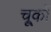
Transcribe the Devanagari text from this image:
चू्कों